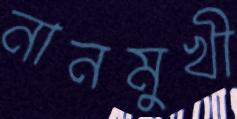
নানমুখী